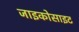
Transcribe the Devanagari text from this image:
जाइकोसाइट